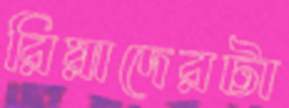
রিয়াদেরটা